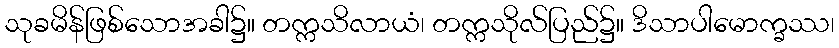
သုခမိန်ဖြစ်သောအခါ၌။ တက္ကသိလာယံ၊ တက္ကသိုလ်ပြည်၌။ ဒိသာပါမောက္ခဿ၊